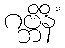
ဂဗ္ဘိနိံ